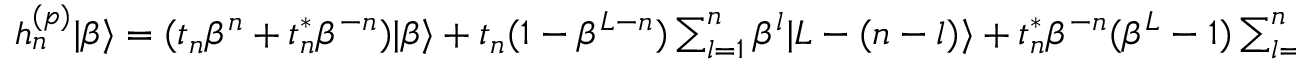
\begin{array} { r } { h _ { n } ^ { ( p ) } | \beta \rangle = ( t _ { n } \beta ^ { n } + t _ { n } ^ { \ast } \beta ^ { - n } ) | \beta \rangle + t _ { n } ( 1 - \beta ^ { L - n } ) \sum _ { l = 1 } ^ { n } \beta ^ { l } | L - ( n - l ) \rangle + t _ { n } ^ { \ast } \beta ^ { - n } ( \beta ^ { L } - 1 ) \sum _ { l = 1 } ^ { n } \beta ^ { l } | l \rangle , } \end{array}